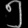
Digit: ၅